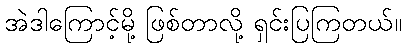
အဲဒါကြောင့်မို့ ဖြစ်တာလို့ ရှင်းပြကြတယ်။